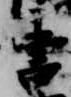
書